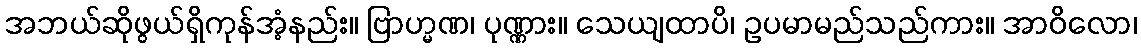
အဘယ်ဆိုဖွယ်ရှိကုန်အံ့နည်း။ ဗြာဟ္မဏ၊ ပုဏ္ဏား။ သေယျထာပိ၊ ဥပမာမည်သည်ကား။ အာဝိလော၊